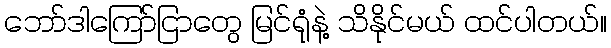
ဘော်ဒါကြော်ငြာတွေ မြင်ရုံနဲ့ သိနိုင်မယ် ထင်ပါတယ်။